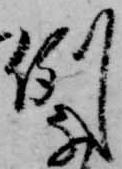
例